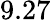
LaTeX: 9.27